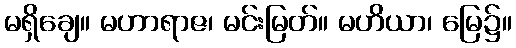
မရှိချေ။ မဟာရာဇ၊ မင်းမြတ်။ မဟိယာ၊ မြေ၌။